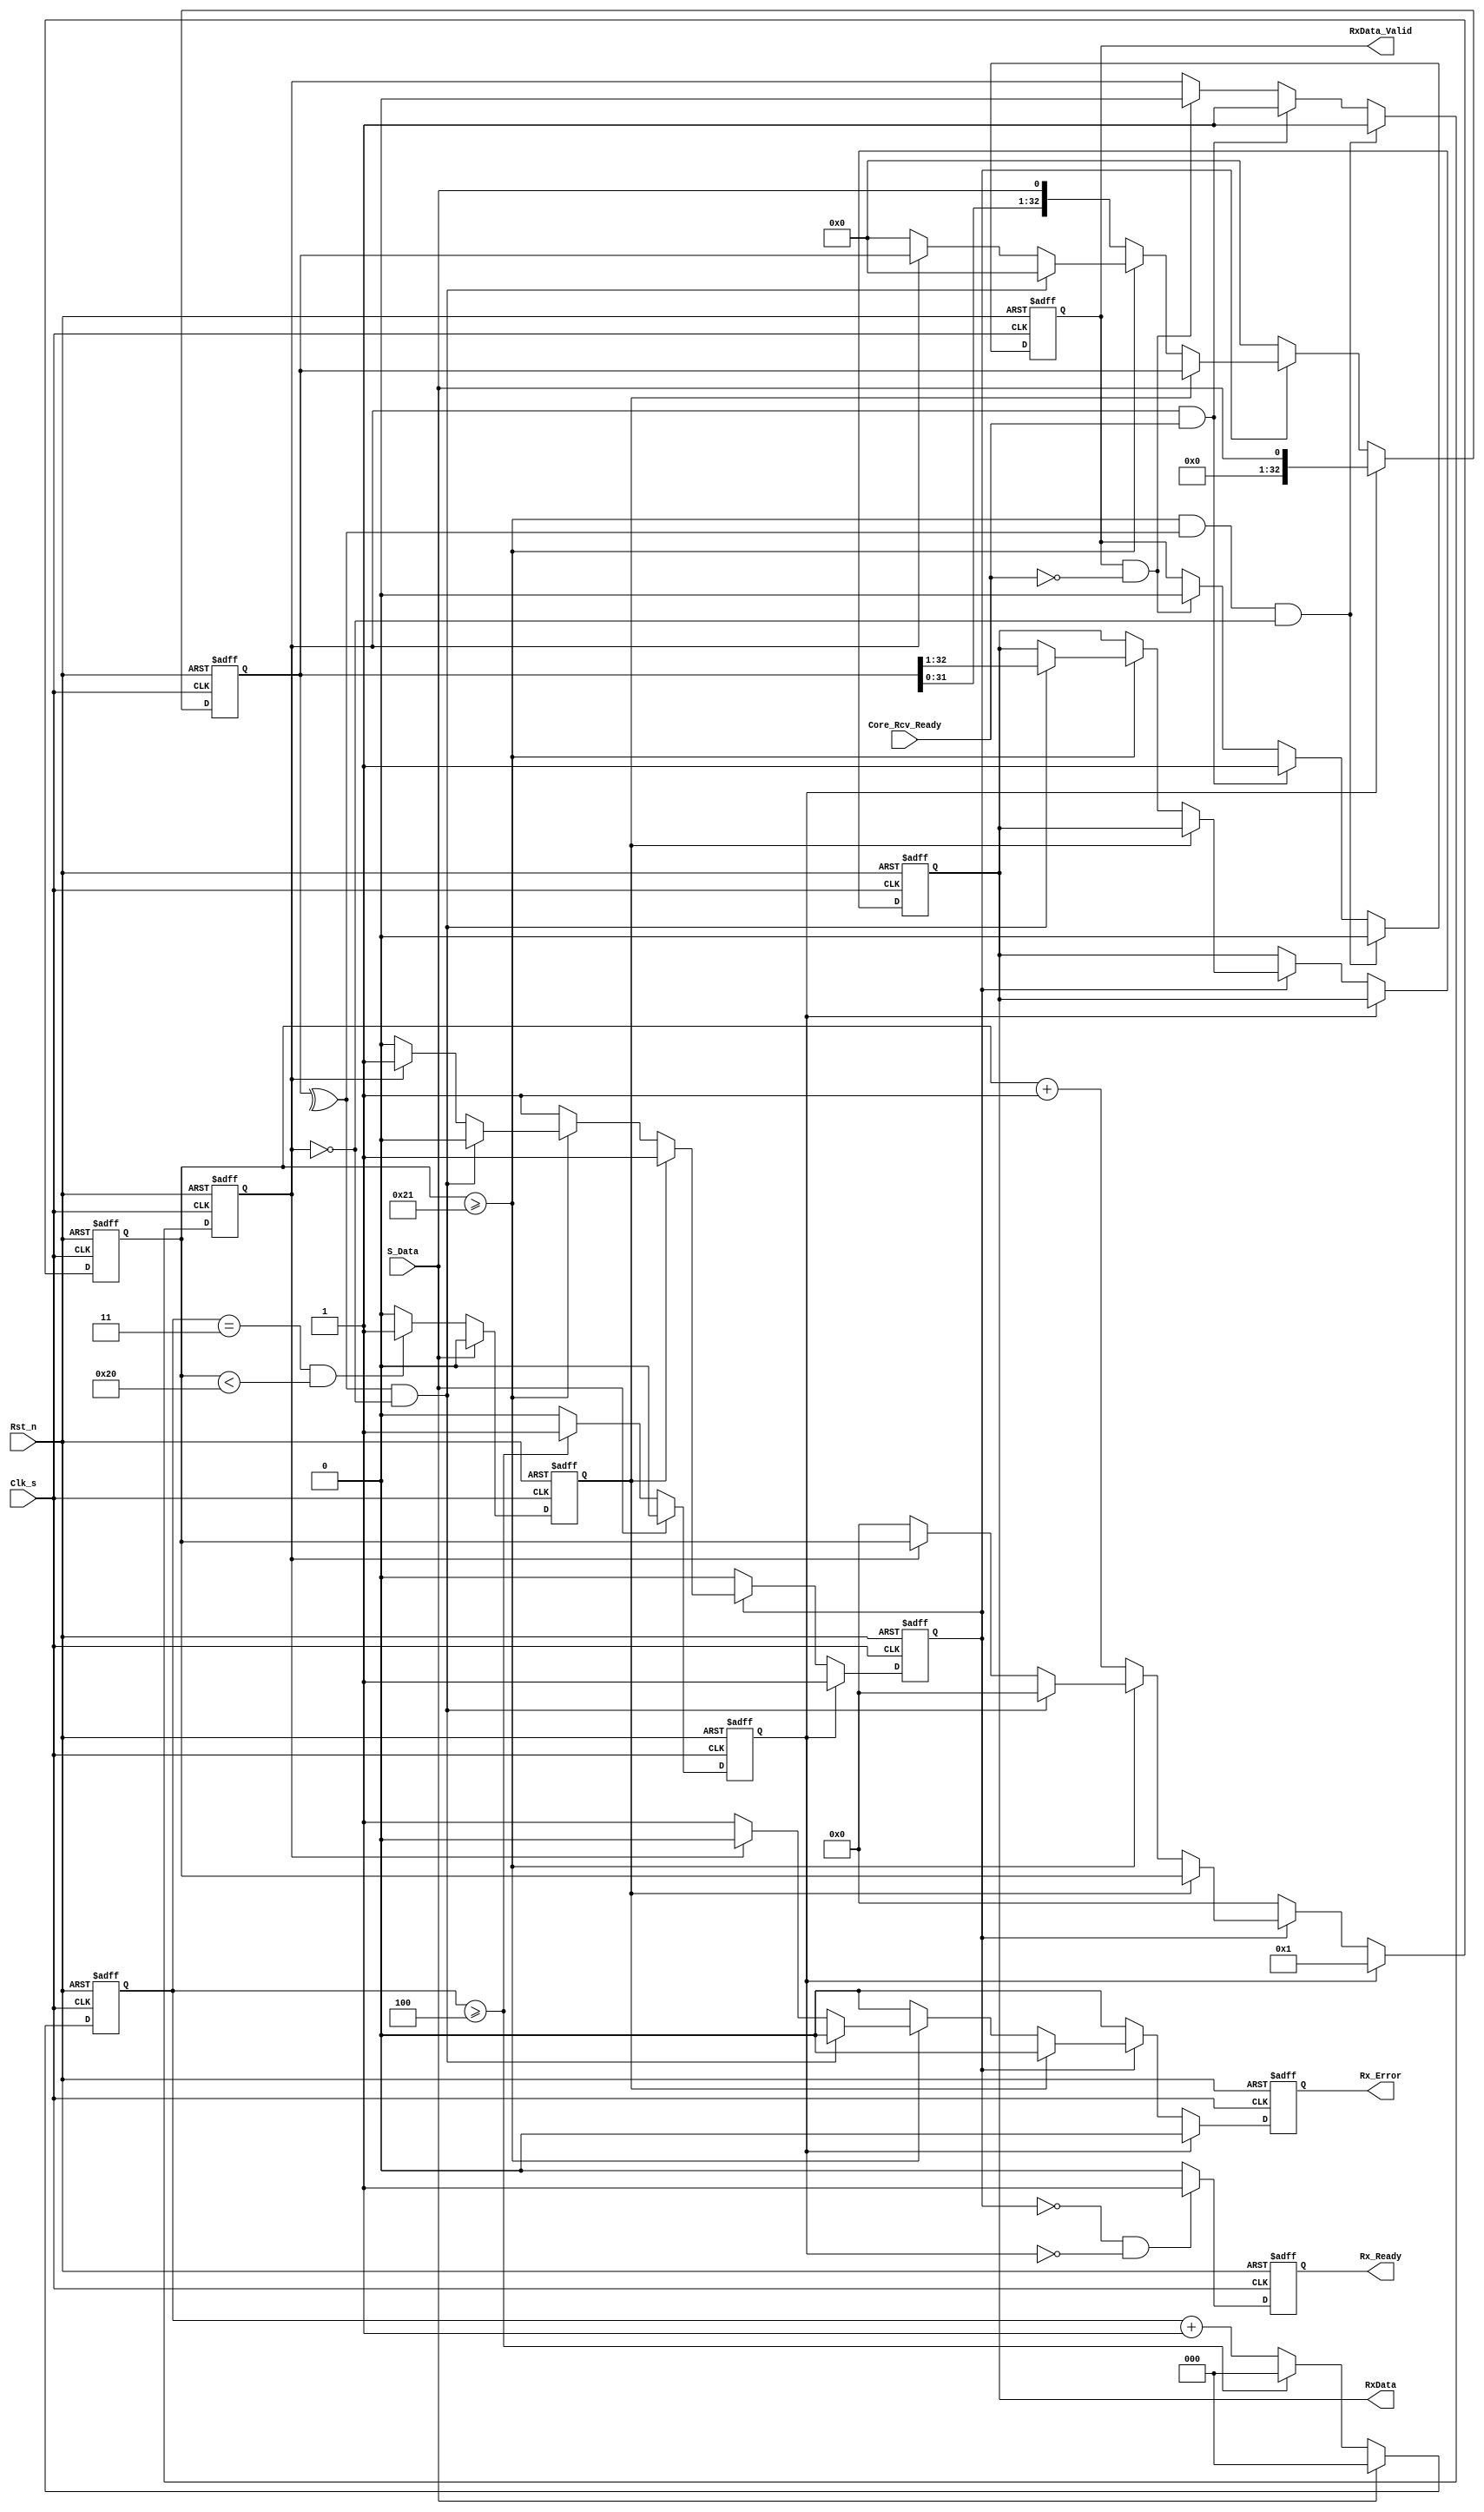
/*
* Description: 
*/
module rx(
			Clk_s, Rst_n, Core_Rcv_Ready, S_Data, 		//INPUTS
			RxData_Valid, RxData, Rx_Ready, Rx_Error 	//OUTPUTS
		);

// Global Interface
input Clk_s;				// The global TX/RX clock. This clock is synchronized between transmitter and receiver. The Router Core does not necessarily use the same clock.
input Rst_n;				// The global asynchronous active-low reset signal.

// RX / Router Core Interface 
input Core_Rcv_Ready;	// This signal serves as part of the RX/Core handshake. When Core_Rcv_Ready is high, it means that the Core is capable of accepting a packet from the receiver.
output reg RxData_Valid;		// This signal serves as part of the RX/Core handshake. When RxData_Valid is high, it means that the input RxData has valid data available on it.
output reg[31:0] RxData;	// This signal represents a 32-bit packet which has been received from the transmitter, de-serialized, and is now presented to the Core.

// TX/RX Interface (RX side) 
input S_Data;			// The serial data channel.
output reg Rx_Ready;			// This signal tells the transmitter it can begin sending data on the serial channel.
output reg Rx_Error;			// This signal is asserted for one cycle when the parity check on a received packet fails.

/////////////		
/* TX / RX */
/////////////

/* 0 SEQUENCE COUNTER */
//Detect patterns of 0s for bit stuffing and start pattern

reg [2:0] zeroCounter;
reg bitStuff;			//Enable for acknowledging a four-0 sequence
reg startSeq;			//Acknowledges start sequence
reg[5:0] receivedCounter; 	//Counter for number of bits received
always @(posedge Clk_s, negedge Rst_n) begin 
	if(Rst_n == 1'b0) begin
		zeroCounter <= 3'b0;
		bitStuff <= 1'b0;
		startSeq <= 1'b0;
	end
	else begin
		if(S_Data == 1'b0) begin
			//This is the 4th 0 in a row, next bit will be stuffed or complete start seq
			if (zeroCounter == 3 && receivedCounter < 6'd32) bitStuff <= 1'b1;
			else bitStuff <= 0;
			
			//This is the 5th 0 in a row, indicates start sequence
			if (zeroCounter >= 4) begin 
				zeroCounter <= 3'b0;
				startSeq <= 1'b1;
			end
			else begin
				zeroCounter <= zeroCounter + 1;
				startSeq <= 1'b0;
			end
		end
		else begin  //1 was recieved, reset all counts
			zeroCounter <= 3'b0;
			bitStuff <= 1'b0;
			startSeq <= 1'b0;
		end
	end
end

/* RX DATA RECEIVING FROM TX */
//Receive data MSb first, parity at the end, and bit stuffed 1 after 0000

reg[32:0] receivedPacket;	//Receiver for 33 bits (32 data, 1 parity) of serial data
reg dataRx;					//Status if currently receiving data
reg bufferFull;				//Indicates if the data in RxData has not been read by the Core

always @(posedge Clk_s, negedge Rst_n) begin
	if(Rst_n == 1'b0) begin
		receivedPacket <= 33'b0;
		receivedCounter <= 6'b0;
		dataRx <= 1'b0;
		Rx_Ready <= 1'b0;
		Rx_Error <= 1'b0;
		RxData <= 32'b0;
	end
	else begin
		//Hold Rx_Ready high if not receiving data and start sequence hasn't been received
		if(dataRx == 0 && startSeq != 1'b1) begin 
			Rx_Ready <= 1;
		end
		else begin
			Rx_Ready <= 0;
		end
		
		//Begin receiving data if start sequence detected
		if(startSeq) begin
			dataRx <= 1'b1;
			receivedCounter <= 6'b1;
			receivedPacket <= {32'b0,S_Data};
			Rx_Error <= 1'b0;
			RxData <= RxData;
		end
		else if(dataRx) begin
			if(bitStuff) begin  //Ignore incoming bit
				receivedPacket <= receivedPacket;
				dataRx <= dataRx;
				receivedCounter <= receivedCounter;
				Rx_Error <= 1'b0;
				RxData <= RxData;
			end
			else begin
				if (receivedCounter >= 6'd33) begin //All bits recieved, check validity and wait for Core transmit
					if(^receivedPacket == 1'b1 && bufferFull == 1'b0) begin //check parity and make sure buffer free
						//move to good data register and set alert
						Rx_Error <= 1'b0;
						RxData <= receivedPacket[32:1];
						//clear all other entries
						receivedPacket <= 33'b0;
						receivedCounter <= 6'b0;
						dataRx <= 1'b0;
					end
					else if (bufferFull == 1'b1) begin  //Hold values if buffer is not free
						Rx_Error <= 1'b0;
						RxData <= RxData;
						//maintain all other entries
						receivedPacket <= receivedPacket;
						receivedCounter <= receivedCounter;
						dataRx <= dataRx;
					end
					else begin
						//assert error if parity is not satisfied.
						Rx_Error <= 1'b1;
						RxData <= RxData;
						//clear all other entries
						receivedPacket <= 33'b0;
						receivedCounter <= 6'b0;
						dataRx <= 1'b0;
					end		
				end
				else begin
					receivedCounter <= receivedCounter + 1;
					dataRx <= 1'b1;
					receivedPacket <= {receivedPacket[31:0],S_Data}; //Shift Register
					Rx_Error <= 1'b0;
					RxData <= RxData;
				end
			end
		end
		else begin
			dataRx <= 1'b0;
			receivedPacket <= 33'b0;
			receivedCounter <= 6'b0;
			Rx_Error <= 1'b0;
			RxData <= RxData;
		end		
	end
end

///////////////		
/* RX / CORE */
///////////////

/* RX / CORE HANDSHAKE */
//Dectect if conditions are right to move data into RxData register
//Sets RxData_Valid

always @(posedge Clk_s, negedge Rst_n) begin
	if(Rst_n == 1'b0) begin
		RxData_Valid <= 1'b0;
		bufferFull <= 0;
	end
	else begin
		if (receivedCounter >= 6'd33 && ^receivedPacket == 1'b1 && bufferFull == 1'b0) begin
			bufferFull <= 1'b1;
			RxData_Valid <= 1'b0;
		end
		else begin 
			if(bufferFull == 1'b1 && Core_Rcv_Ready == 1'b1) begin 
				//If there is unread data in the Buffer and the core is ready, assert data valid
				RxData_Valid <= 1'b1; 
				bufferFull <= 1'b1;
			end
			else if(RxData_Valid == 1'b1 && Core_Rcv_Ready == 1'b0) begin
				//Core indicates that it is no longer ready, means data recieved
				RxData_Valid <= 1'b0;
				bufferFull <= 1'b0;
			end
			else begin
				//Handshake remains in holding pattern if not getting or sending data.
				RxData_Valid <= RxData_Valid;
				bufferFull <= bufferFull;
			end
		end
	end
end

endmodule